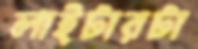
লাইটারটা